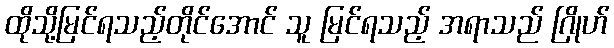
ထိုသို့မြင်ရသည့်တိုင်အောင် သူ မြင်ရသည့် အရာသည် ဂြိုဟ်